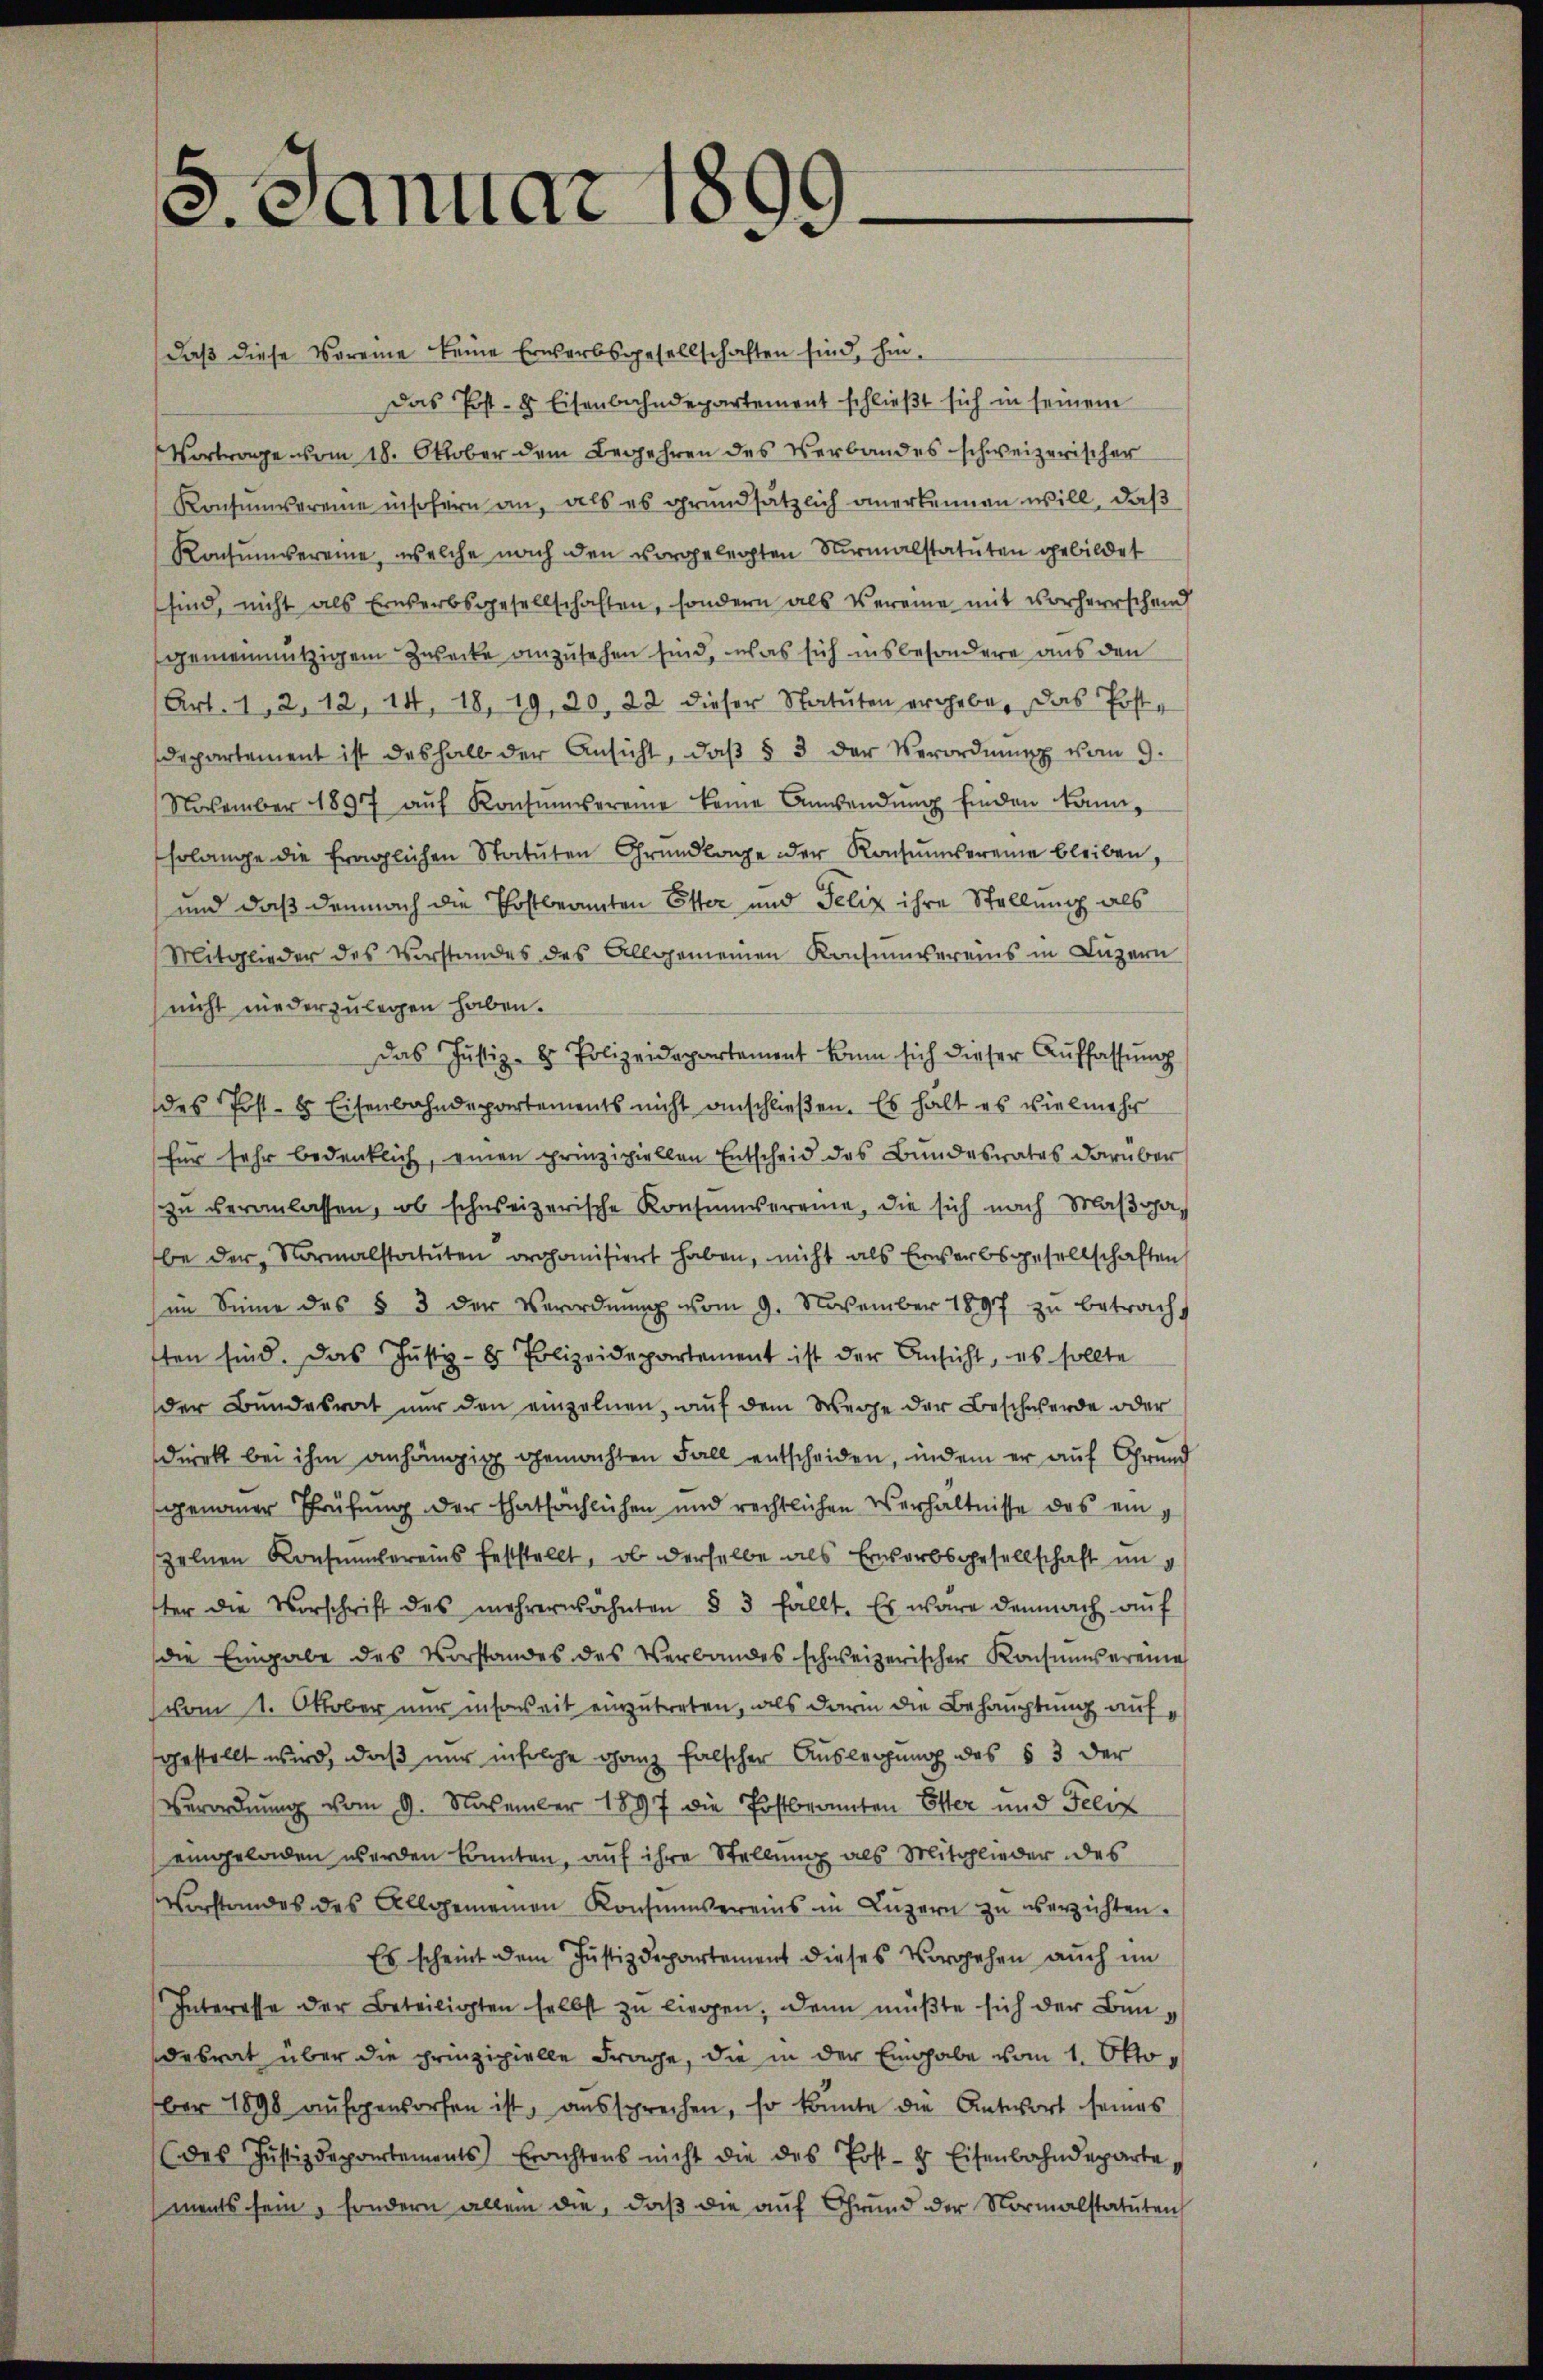
2. Januar 1899.

daß diese Voreine keine Erwerbsgesellschaften sind, hin-
Das Post- 8 Eisenbahndepartement schließt sich in seinem
Vortrage vom 18. Oktober dem Begehren des Verbandes schweizerischer
Konsumvereine insofern an, als es grundsätzlich anerkennen will, daß
Ronsumvereine, welche nach den vorgelegten Normalstatuten gebildet
sind, nicht als Erwerbsgesellschaften, sondern als Vereine mit vorherrschend
gemeinnützigem Zwecke anzusehen sind, was sich insbesondere aus den
(Art. 1, 2, 12, 14, 18, 19, 20, 22 dieser Statuten ergebe, das Postdepartement ist deshalb der Ansicht, daβ § 3 der Verordnŭng vom 9.
November 1897 aŭf Konsumvereine keine Anwendŭng finden kann,
solange die fraglichen Statuten Grundlage der Konsŭnsereine bleiben,
und daß demnach die Thostbeamten Ester und Felix ihre Stellung als
Mitglieder des Vorstandes des Allgemeinen Konsumvereins in Luzern
nicht niederzulegen haben.
Das Justiz- & Polizeidepartement kam sich dieser Auffassung
des Post- & Eisenbahndepartements nicht anschließen. Es hält es vielmehr
für sehr bedenklich, einen prinzipiellen Entscheid des Bundesrates darüber
zu veranlassen, ob schweizerische Konsumvereine, die sich nach Maßgabe der Normalstatuten organisiert haben, nicht als Erwerbsgesellschaften
im Sinne des § 3 der Verordnŭng vom 9. November 1897 zŭ betracht
ten sind. Das Justiz- & Polizeidepartement ist der Ansicht, es sollte
der Bundesrat nur den einzelnen, auf dem Wege der Beschwerde oder
direkt bei ihm anhängig gemachten Fall entscheiden, indem er auf Grund
genommer Prüfung der thatsächlichen und rechtlichen Verhältnisse des ein
zelnen Konsenbereins feststellt, ob derselbe als Erwerbsgesellschaft ung
ter die Vorschrift des mehrerwähnten § 3 fällt. Es wäre demnach aŭf
die Eingabe des Vorstandes des Verbandes schweizerischer Konsumvereine
vom 1. Oktober nur insoweit einzutreten, als darin die Behauptung auf
gestellt wird, daß nur in solche ganz falscher Auslegung des § 3 der
Verordnung vom 9. November 1897 die Postbranten Elter und Felix
eingeladen werden könnten, auf ihre Stellung als Mitglieder des
Vorstandes des Allgemeinen Konsumvereins in Luzern zu verzichten.
Es scheint dem Justizdepartement dieses Vorgehen aŭch im
Interesse der Beteiligten selbst zŭ liegen, denn müßte sich der Bundesrat über die prinzipielle Frage, die in der Eingabe vom 1. Oktober 1898 aŭfgeworfen ist, aŭssprechen, so konnte die Antwort seines
(des Justizdepartements Erachtens nicht die des Post- & Eisenbahndeparte,
ments sein, sondern allein die, daß die auf Grund der Normalstatuten